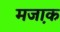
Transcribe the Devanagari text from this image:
मजा़क